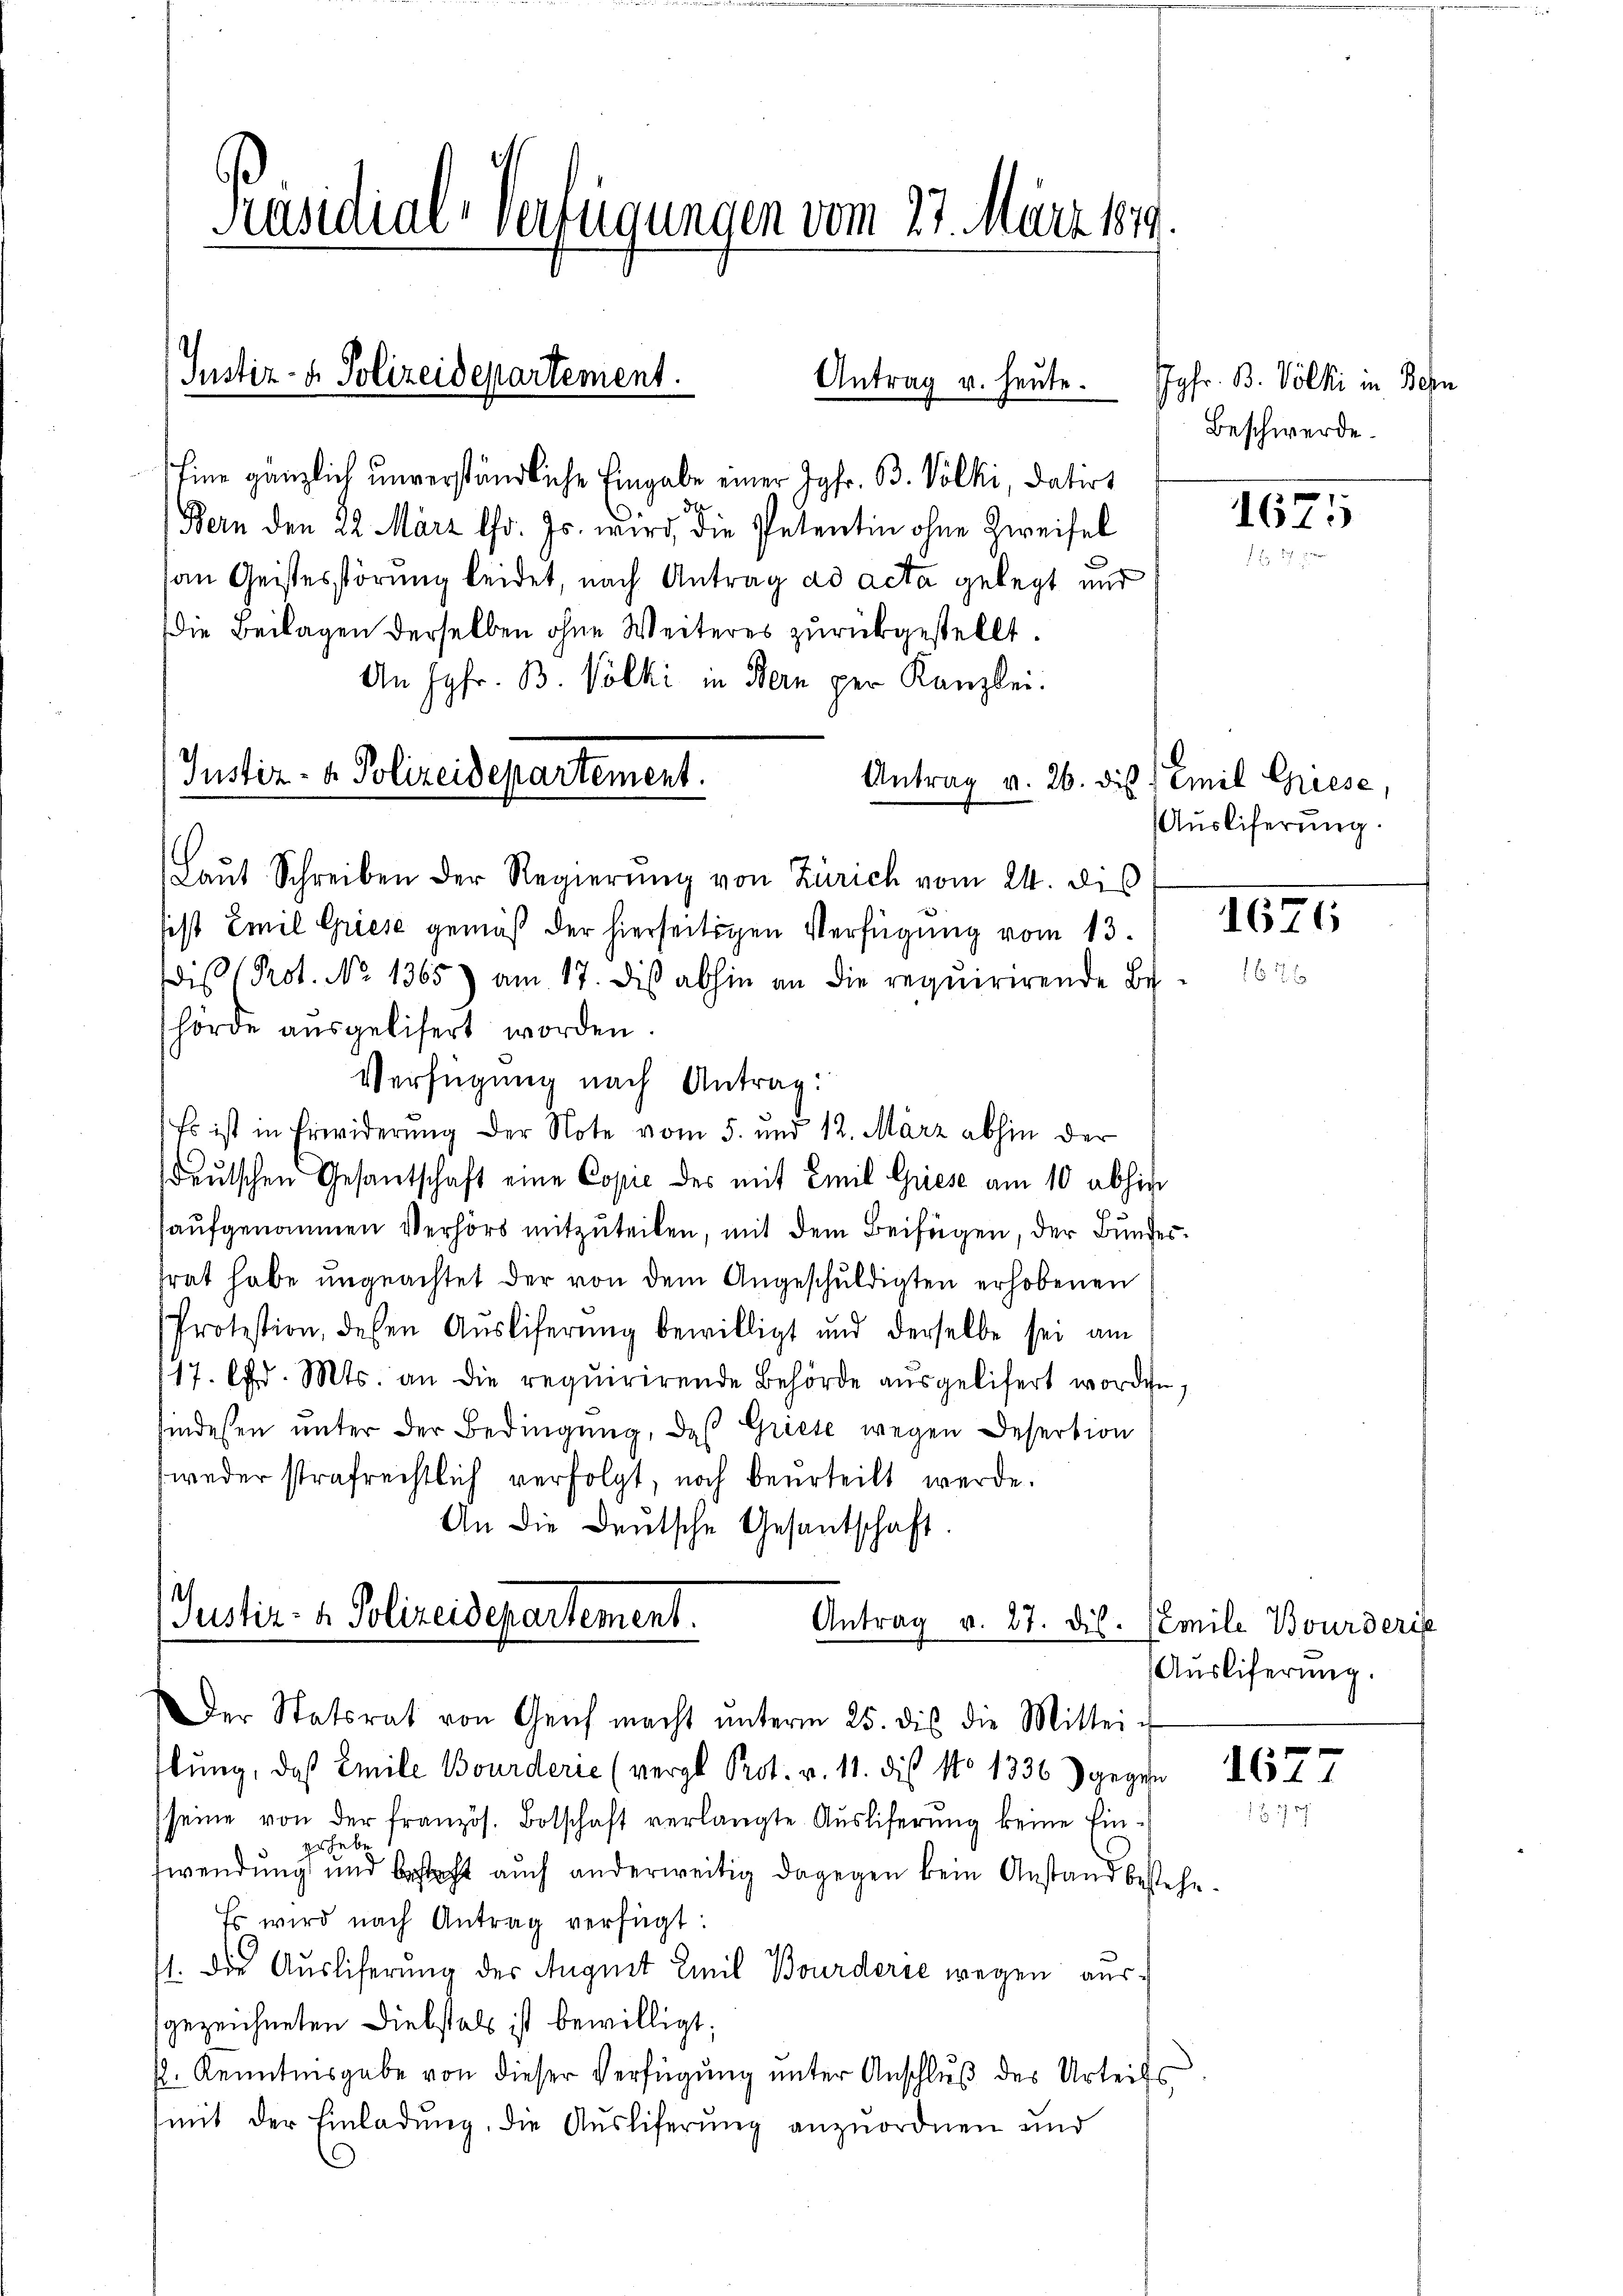
Präsidial-Verfügungen vom 27. März 189.

Justiz- & Polizeidepartement.
Antrag u. heute.

Justiz- & Polizeidepartement.

Eine gänzlich unverständliche Eingabe einer Jgfr. B. Völki, datirt
Bern den 22. März l. Js. wird, die Petentin ohne Zweifel
an Geistesstörung beidet, nach Antrag ad acta gelegt und
die Beilagen derselben ohne Weiteres zurückgestellt.
An Jgfr. B. Volki in Bern per Kanzlei.
Laŭt Schreiben der Regierŭng von Zürich vom 24. des
sist Emil Griese gemäß der hierseitigen Verfügung vom 13.
is Prot. No 1365) am 17. dis abhin an die requirirende Be-
hörde ausgelisert worden.
Verfügung nach Antrag:
Es ist in Erwiderung der Note vom 5. und 12. März abhin der
deutschen Gesantschaft eine Copie des mit Emil Griese am 10 abhige
aufgenommen Verhört mitzuteilen, mit dem Beifügen, der Bundestrat habe ungeachtet der von dem Angeschuldigten erhobenen
Protestion, dessen Aŭsliferŭng bewilligt und derselbe sei am
17. Chr. Mts. an die requirirende Behörde aŭsgeliefert worden.
findesten unter der Bedingung, daß Griese wegen Desertion
weder strafrechtlich verfolgt, noch beurteilt werde.
An die deŭtsche Gesantschaft.

Justiz- & Polizeidepartement.
Antrag v. 27. ds. mile Bourderis

Jgfr. B. Völki in Be
8
Beschwerde.

Der Statsrat von Genf macht ŭnterm 25. dis die Mittei-
lung, daß Emile Bourderie (vergl. Prot. v. 11. dis No 1336) gegen 1677
seine von der französ. Botschaft verlangte Aŭsliferŭng keine Ein-
Erhebe
fwendung und besteht auch anderweitig dagegen kein Anstand bestehe
Es wird nach Antrag verfügt:
1. die Ausliserung des Auguit Emil Bourderse wegen ausgezeichneten Diebstals ist bewilligt;
k. Kenntnisgabe von dieser Verfügung unter Anschluß des Urteils
mit der Einladung, die Ausliferung anzuordnen und

1675

.
Antrag v. 26. die 1 Emil Griese,
Ausliferung.

1626

Ausliferung.

i